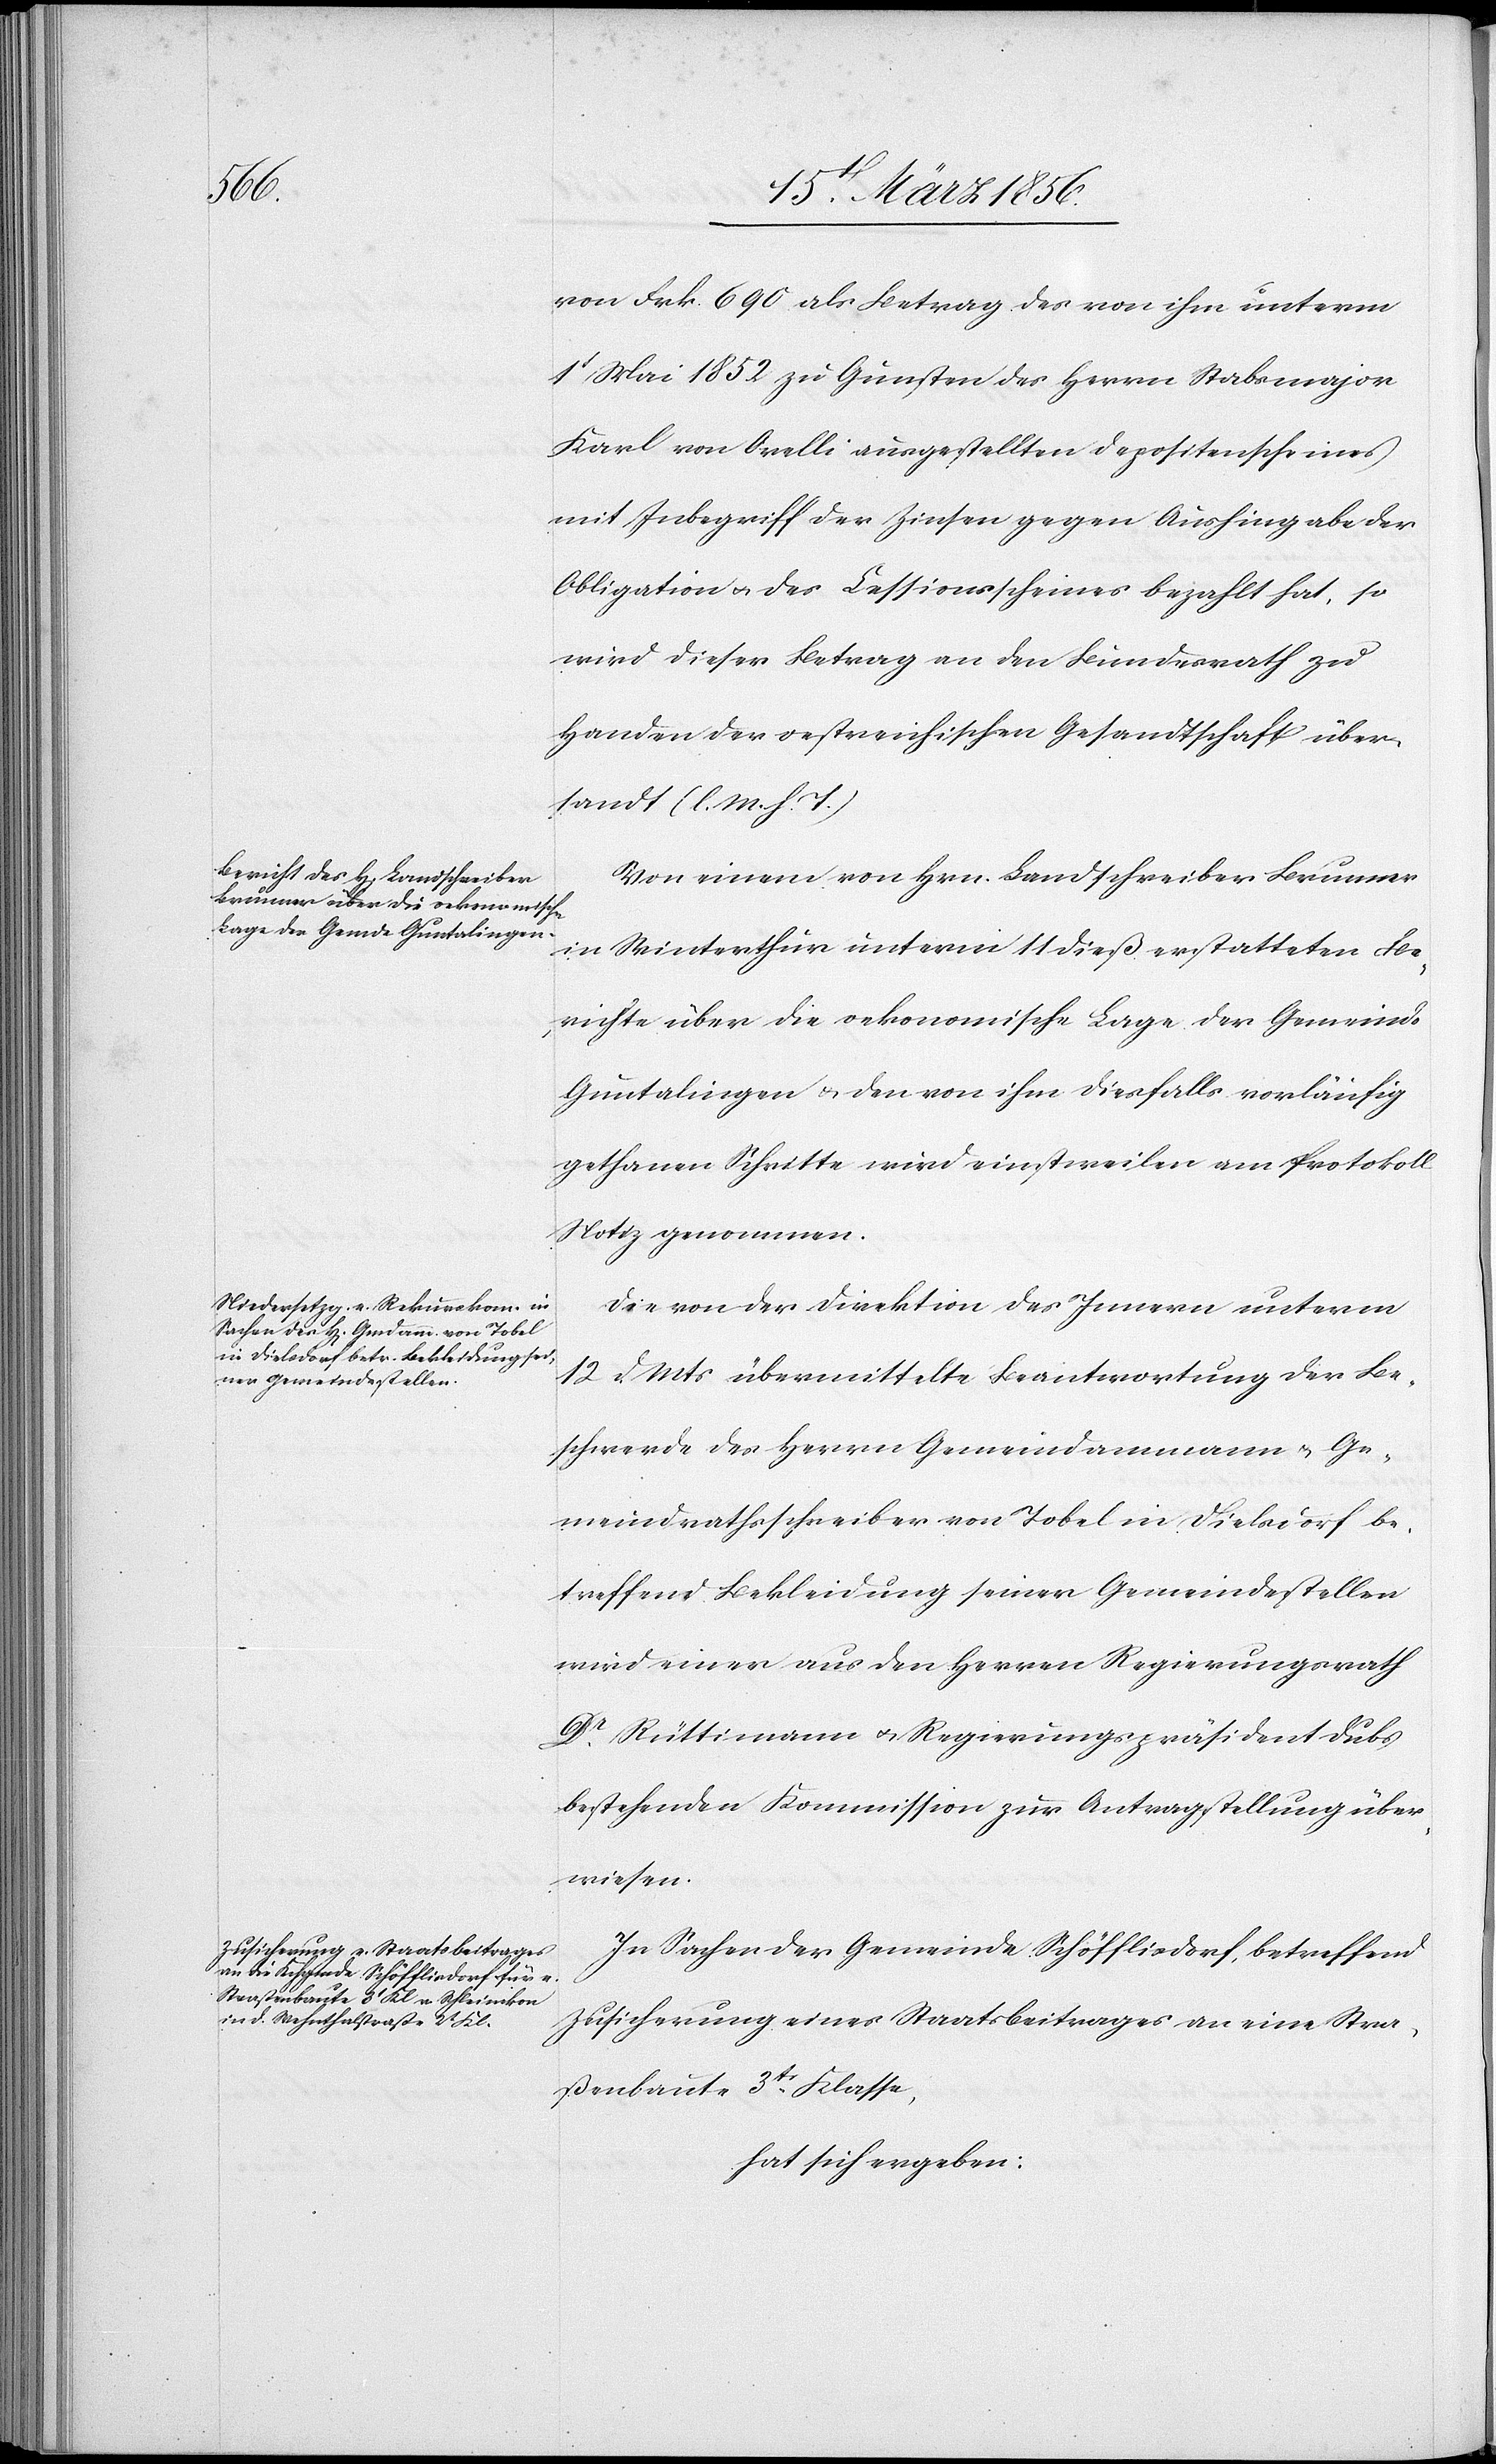
von Frk. 690 als Betrag des von ihm unterm
1t Mai 1852 zu Gunsten des Herrn Stabsmajor
Karl von Orelli ausgestellten Depositenscheines
mit Inbegriff der Zinsen gegen Aushingabe der
Obligation u. des Cessionsscheines bezahlt hat, so
wird dieser Betrag an den Bundesrath zu
Handen der oestreichischen Gesandtschaft über¬
sandt. (l. M. h. T.)
Von einem von Hrn. Landschreiber Brunner
in Winterthur unterm 11 dieß erstatteten Be¬
richte über die oekonomische Lage der Gemeinde
Guntalingen & den von ihm diesfalls vorläufig
gethanen Schritte wird einstweilen am Protokoll
Notiz genommen.
Die von der Direktion des Innern unterm
12 d. Mts übermittelte Beantwortung der Be¬
schwerde des Herrn Gemeindammann u. Ge¬
meindrathsschreiber von Tobel in Dielsdorf be¬
treffend Bekleidung seiner Gemeindestellen
wird einer aus den Herren Regierungsrath
Dr Rüttimann u. Regierungspräsident Dubs
bestehenden Kommission zur Antragstellung über¬
wiesen.
In Sachen der Gemeinde Schöfflisdorf, betreffend
Zusicherung eines Staatsbeitrages an eine Stra¬
ßenbaute 3tr Klasse,
hat sich ergeben: